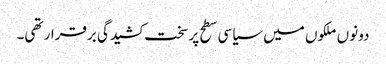
دونوں ملکوں میں سیاسی سطح پر سخت کشیدگی برقرار تھی۔